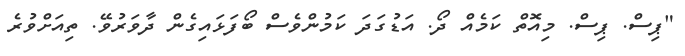
"ޕިސް. ޕިސް. މިއޮތް ކަމެއް ދޯ. އަޑުގަދަ ކަމުންވެސް ބޯފަޅައިގެން ދާވަރުވޭ. ތިއަށްވުރެ